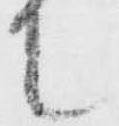
て